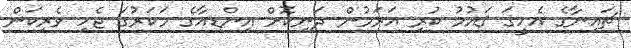
ޗައިނާގެ އެހީގަ ޤައުމު ކުރި އަރަމުން ދަނިކޮށް އިންޑިއާގެ މަކަރުގަ ޖެހި ވެރިކަން